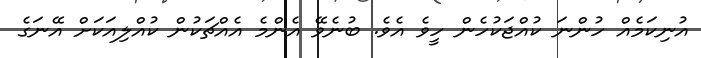
އުނިކަމެއް ހުންނަ ކުއްޖަކުހެން ހީވެ އެވެ. ބުނެވޭ އެންމެ އެއްޗަކުން ކުއްލިއަކަށް އޭނަގެ